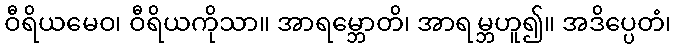
ဝီရိယမေဝ၊ ဝီရိယကိုသာ။ အာရမ္ဘောတိ၊ အာရမ္ဘဟူ၍။ အဒိပ္ပေတံ၊